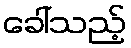
ခေါ်သည့်